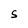
Character: S